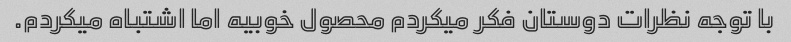
با توجه نظرات دوستان فکر میکردم محصول خوبیه اما اشتباه میکردم.